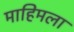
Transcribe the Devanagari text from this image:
माहिमला